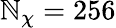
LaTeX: \mathbb{N}_{\chi}=256